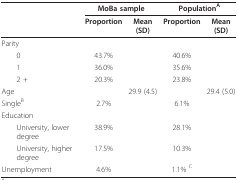
<table><thead><tr><td>[EMPTY_CELL]</td><td colspan="2"><b>MoBa sample</b></td><td colspan="2"><b>Population<sup>A</sup></b></td></tr><tr><td>[EMPTY_CELL]</td><td><b>Proportion</b></td><td><b>Mean (SD)</b></td><td><b>Proportion</b></td><td><b>Mean (SD)</b></td></tr></thead><tbody><tr><td>Parity</td><td>[EMPTY_CELL]</td><td>[EMPTY_CELL]</td><td>[EMPTY_CELL]</td><td>[EMPTY_CELL]</td></tr><tr><td> 0</td><td>43.7%</td><td>[EMPTY_CELL]</td><td>40.6%</td><td>[EMPTY_CELL]</td></tr><tr><td> 1</td><td>36.0%</td><td>[EMPTY_CELL]</td><td>35.6%</td><td>[EMPTY_CELL]</td></tr><tr><td> 2 +</td><td>20.3%</td><td>[EMPTY_CELL]</td><td>23.8%</td><td>[EMPTY_CELL]</td></tr><tr><td>Age</td><td>[EMPTY_CELL]</td><td>29.9 (4.5)</td><td>[EMPTY_CELL]</td><td>29.4 (5.0)</td></tr><tr><td>Single<sup>B</sup></td><td>2.7%</td><td>[EMPTY_CELL]</td><td>6.1%</td><td>[EMPTY_CELL]</td></tr><tr><td>Education</td><td>[EMPTY_CELL]</td><td>[EMPTY_CELL]</td><td>[EMPTY_CELL]</td><td>[EMPTY_CELL]</td></tr><tr><td> University, lower degree</td><td>38.9%</td><td>[EMPTY_CELL]</td><td>28.1%</td><td>[EMPTY_CELL]</td></tr><tr><td> University, higher degree</td><td>17.5%</td><td>[EMPTY_CELL]</td><td>10.3%</td><td>[EMPTY_CELL]</td></tr><tr><td>Unemployment</td><td>4.6%</td><td>[EMPTY_CELL]</td><td>1.1% <sup>C</sup></td><td>[EMPTY_CELL]</td></tr></tbody></table>